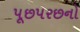
પૂછપરછનો